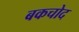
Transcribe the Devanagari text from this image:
बकचोद